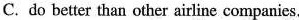
C. do bette than othe airline companies.